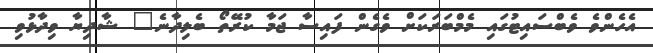
އެހެންވެ ވެބްސައިޓުގައި މެމްބަރަކަށް ވެގެން ފައިސާ ޖަމާ ކުރޭތޯ ބެލިދާނެ" ޝާދިޔާ ވިދާޅުވި